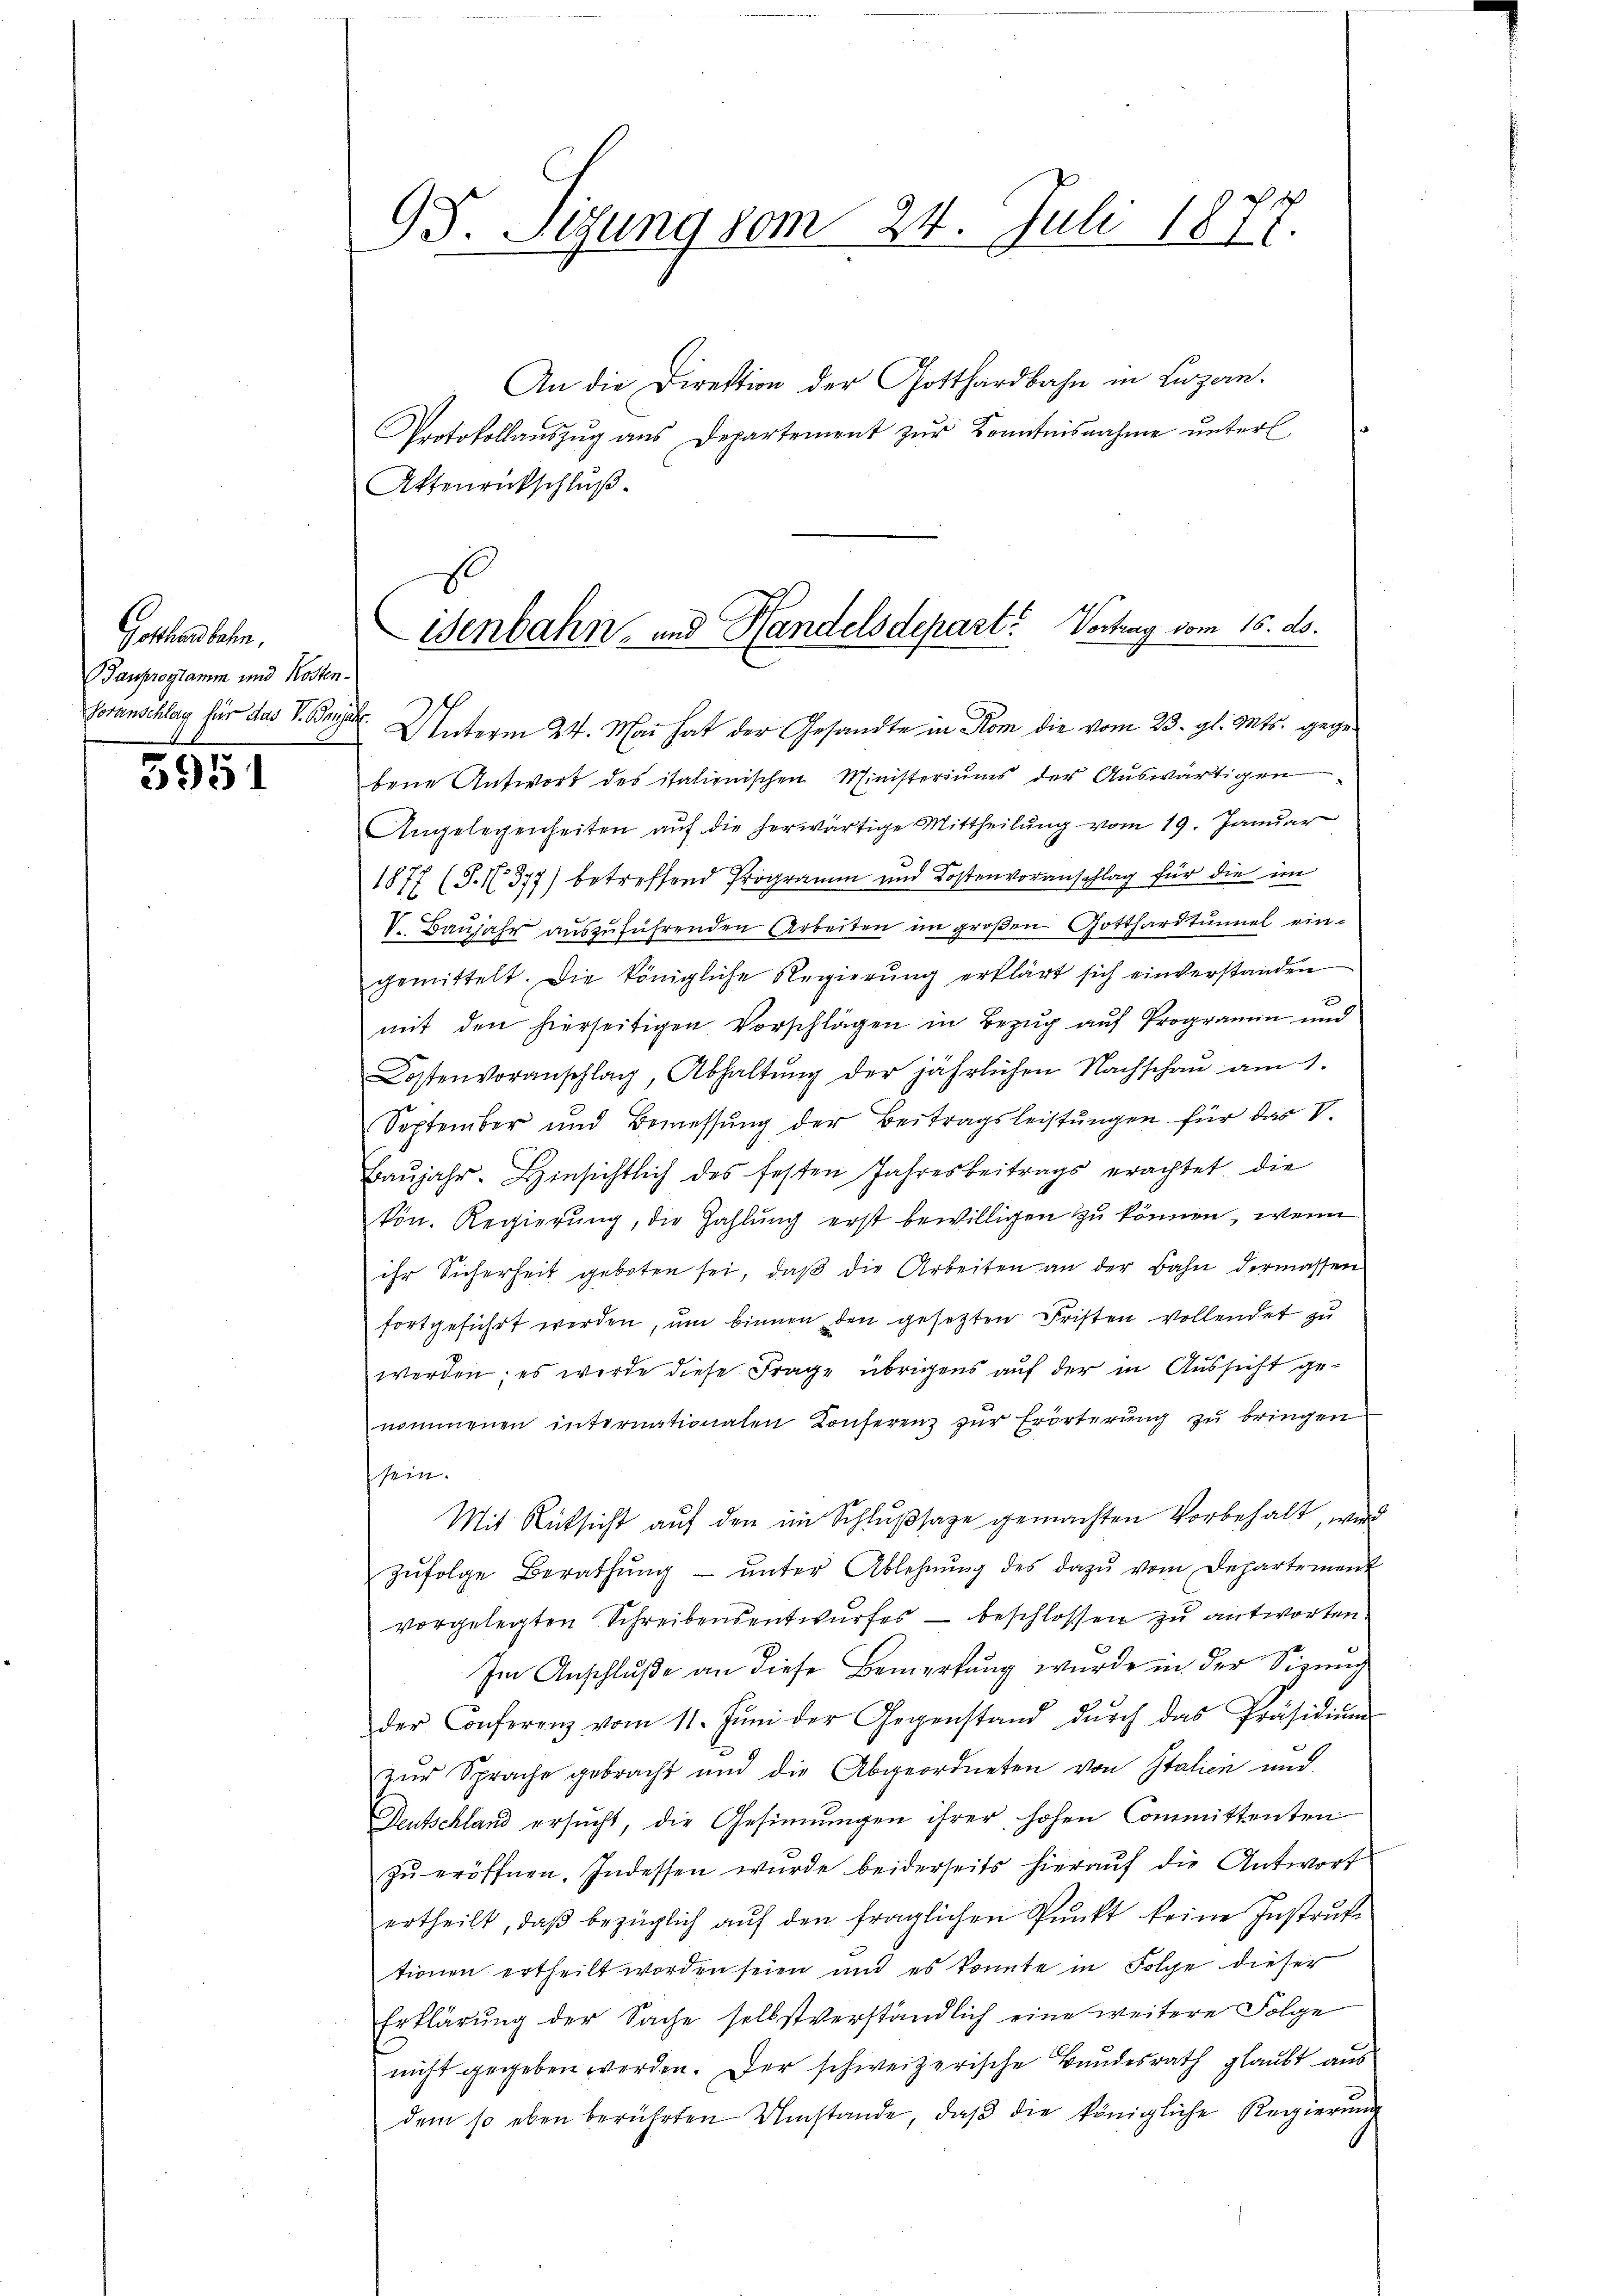
3951

Greten lieben,
Bauprogramm und Kosten.
Voranschlag für das V. Bay

93. Sigung vom 24. Juli 1877.

An die Direktion der Gotthardbahn in Luzern.
Protokollaŭszŭg ans Departement zŭr Kenntnisnahme ŭnterl
Attenrückschluß
d. Unterm 24. Mai hat der Gesandte in Rom die vom 23. gl. Mts. gegebene Antwort des italienischen Ministeriums der Auswärtigen
Angelegenheiten aŭf die herwärtige Mittheilŭng vom 19. Janŭar
1877 (T.1377) betreffend Programm und Kostenvoranschlag für die im
V. Baŭjahr aŭszŭführenden Arbeiten im großen Gotthardtunnel ein-
gemittelt. Die königliche Regierŭng erklärt sich einverstanden
mit den hierseitigen Vorschlägen in Bezug auf Programm und
Kostenvoranschlag, Abhaltŭng der jährlichen Nachschaŭ am 1.
September und Bemessung der Beitragsleistungen für das V.
Baŭjahr. Hinsichtlich des festen Jahresbeitrags erachtet die
kön. Regierung, die Zahlung erst bewilligen zu können, wenn
ihr Sicherheit geboten sei, daβ die Arbeiten an der Bahn dermassen
fortgeführt werden, ŭm binnen den gesetzten Fristen vollendet zu
werden; es werde diese Frage übrigens auf der in Aussicht genommenen internationalen Konferenz zur Erörterung zu bringen
sein.
Mit Rücksicht auf den im Schlußsage gemachten Vorbehalt, wird
zŭfolge Berathŭng ŭnter Ablehnŭng des dazŭ vom Departement
vorgelegten Schreibensentwurfes – beschlossen zu antworten.
Im Anschluße an diese Bemerkung wurde in der Sizung
der Conferenz vom 11. Jŭni der Gegenstand dŭrch das Präsidiŭm
zŭr Sprache gebracht und die Abgeordneten von Italien und
Deutschland ersucht, die Gesinnungen ihrer hohen Committenten
zŭ eröffnen. Indessen wŭrde beiderseits hieraŭf die Antwort
ertheilt, daβ bezüglich aŭf den fraglichen Pŭnkt keine Instrŭk-
tionen ertheilt worden seien und es konnte in Folge dieser
Erklärung der Sache selbstverständlich eine weitere Folge
nicht gegeben werden. Der schweizerische Bundesrath glaubt aus
dem so eben berührten Umstände, daβ die königliche Regierŭng

isenbahn- und Handelsdepart. Vertrag vom 16. ds.